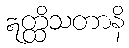
ဣတ္ထိသတာနိ